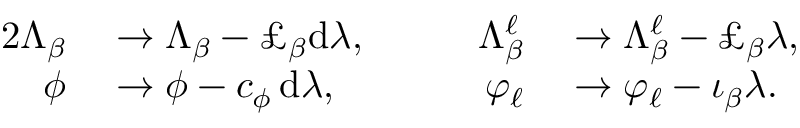
\begin{array} { r l r l } { { 2 } \Lambda _ { \beta } } & { { } \to \Lambda _ { \beta } - \pounds _ { \beta } \mathrm { d } \lambda , \qquad } & { \Lambda _ { \beta } ^ { \ell } } & { { } \to \Lambda _ { \beta } ^ { \ell } - \pounds _ { \beta } \lambda , } \\ { \phi } & { { } \to \phi - c _ { \phi } \, \mathrm { d } \lambda , \qquad } & { \varphi _ { \ell } } & { { } \to \varphi _ { \ell } - \iota _ { \beta } \lambda . } \end{array}